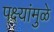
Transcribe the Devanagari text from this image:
पक्ष्यांमुळे